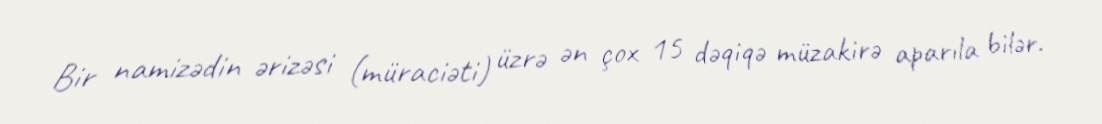
Bir namizədin ərizəsi (müraciəti) üzrə ən çox 15 dəqiqə müzakirə aparıla bilər.